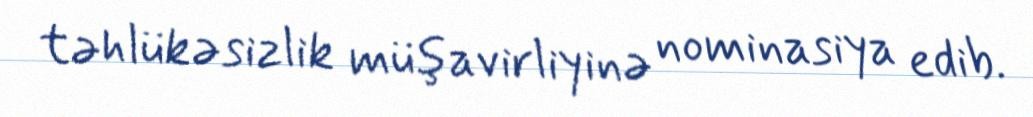
təhlükəsizlik müşavirliyinə nominasiya edib.